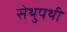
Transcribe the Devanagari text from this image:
सेथुपथी